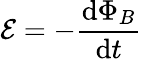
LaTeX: {\mathcal{E}}=-{\frac{\mathrm{d}\Phi_{B}}{\mathrm{d}t}}